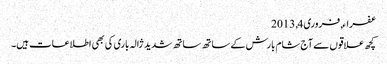
عفراء, ‏فروری 4, 2013
کچھ علاقوں سے آج شام بارش کے ساتھ ساتھ شدید ژالہ باری کی بھی اطلاعات ہیں۔